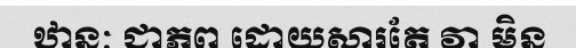
ឋានៈ ជាភព ដោយសារតែ វា មិន